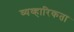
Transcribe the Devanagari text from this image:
व्यव्हारिकता